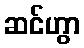
ဆင်ဟွာ